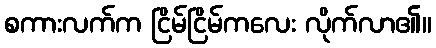
စကားလက်က ငြိမ်ငြိမ်ကလေး လိုက်လာ၏။